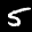
Label: 5